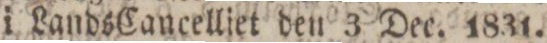
i Lands Cancelliet den 3 Dec. 1831.